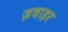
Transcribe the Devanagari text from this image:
ज़वाहर